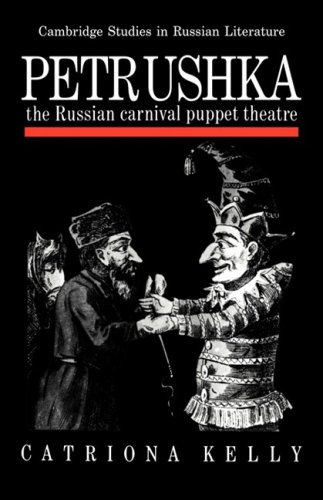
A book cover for Petrushka: The Russian Carnival Puppet Theatre (Cambridge Studies in Russian Literature); Catriona Kelly; Crafts, Hobbies & Home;